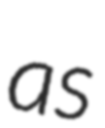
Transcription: as